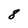
Character: 8